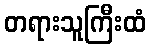
တရားသူကြီးထံ